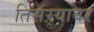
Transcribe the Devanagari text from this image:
तिसऱ्यावर